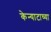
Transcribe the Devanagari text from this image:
केन्याटाच्या